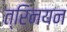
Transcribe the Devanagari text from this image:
त्रिनयन